Civil Veterinary Dept. Bombay admin report 1923-31 - 1923-1931
Year: 1923
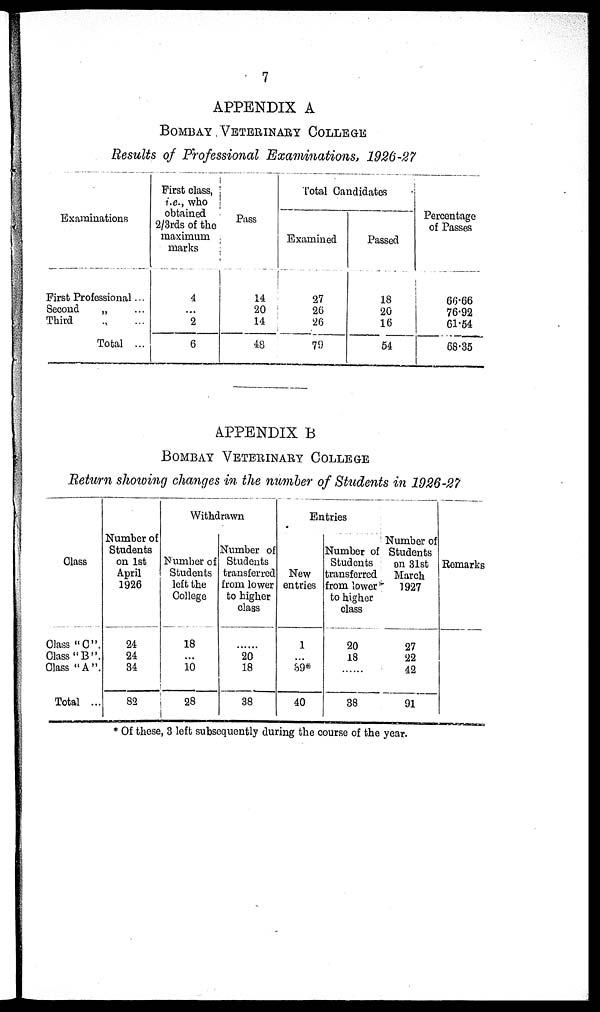
7
APPENDIX A
BOMBAY VETERINARY COLLEGE.
Results of Professional Examinations, 1926-27
Examinations
First Professional ...
Second
„ ...
Third
...
...
Total ...
First class,
i.e., who
obtained
2/3rds of the
maximum
marks
4
...
2
6
Pass
14
20
14
48
Total Candidates
Examined
27
26
26
79
Passed
18
20
16
54
Percentage
of Passes
66.66
76.92
61.54
68.35
APPENDIX B
BOMBAY VETERINARY COLLEGE.
Return showing changes in the number of Students in 1926-27
Class
Class "C".
Class "B".
Class "A".
Total ...
Number of
Students
on 1st
April
1926
24
24
34
82
Withdrawn
Number of
Students
left the
College
18
...
10
28
Number of
Students
transferred
from lower
to higher
class
......
20
18
38
Entries
New
entries
1
...
39*
40
Number of
Students
transferred
from lower
to higher
class
20
18
......
38
Number of
Students
on 31st
March
1927
27
22
42
91
Remarks
* Of these, 3 left subsequently during the course of the year.